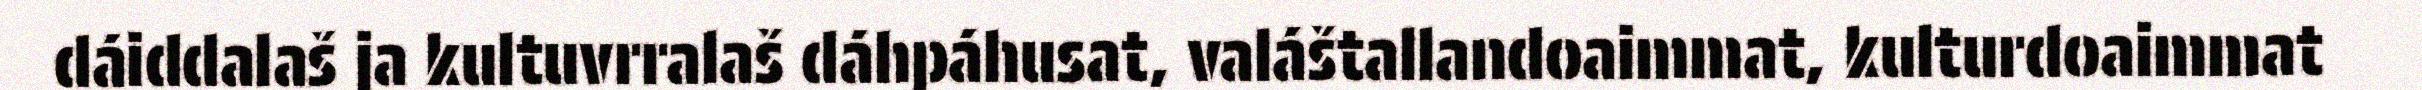
dáiddalaš ja kultuvrralaš dáhpáhusat, valáštallandoaimmat, kulturdoaimmat